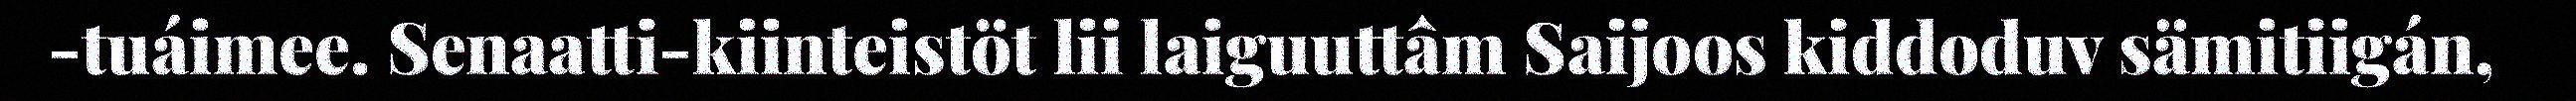
-tuáimee. Senaatti-kiinteistöt lii laiguuttâm Saijoos kiddoduv sämitiigán,